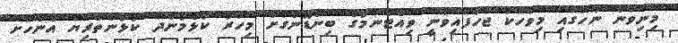
މިނިވަން ނޫހުގައި މިވާހަކަ ޖަހާފައިވަނީ ވިއެޓްނާމުގެ ބިންޑޮންގަށް މިހާރު ކުޅެމުންދާ ކުޅުންތެރިޔާ އެނޫހަށް